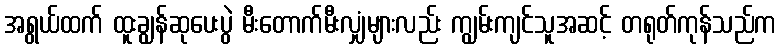
အရွယ်ထက် ထူးချွန်ဆုပေးပွဲ မီးတောက်မီးလျှံများလည်း ကျွမ်းကျင်သူအဆင့် တရုတ်ကုန်သည်က